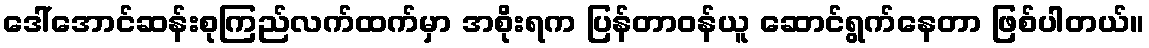
ဒေါ်အောင်ဆန်းစုကြည်လက်ထက်မှာ အစိုးရက ပြန်တာဝန်ယူ ဆောင်ရွက်နေတာ ဖြစ်ပါတယ်။